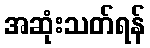
အဆုံးသတ်ရန်